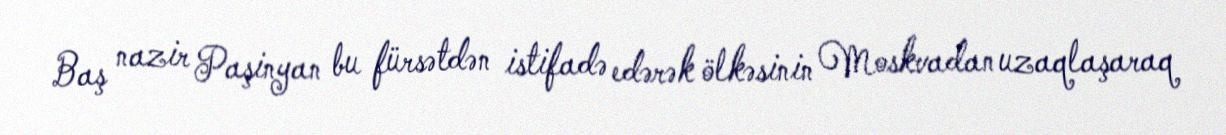
Baş nazir Paşinyan bu fürsətdən istifadə edərək ölkəsinin Moskvadan uzaqlaşaraq